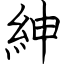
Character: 紳